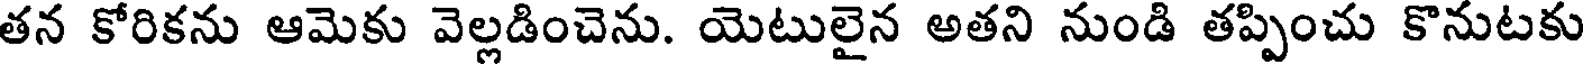
తన కోరికను ఆమెకు వెల్లడించెను. యెటులైన అతని నుండి తప్పించు కొనుటకు